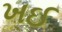
ખઈ